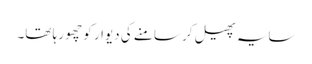
سایہ پھیل کر سامنے کی دیوار کو چھو رہا تھا۔